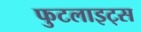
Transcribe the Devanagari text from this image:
फुटलाइट्स